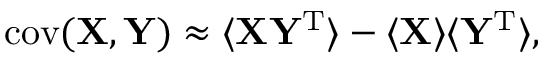
\operatorname { c o v } ( \mathbf { X } , \mathbf { Y } ) \approx \langle \mathbf { X Y ^ { \mathrm { { T } } } } \rangle - \langle \mathbf { X } \rangle \langle \mathbf { Y } ^ { \mathrm { { T } } } \rangle ,